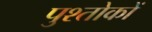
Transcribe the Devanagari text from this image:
पुश्तोकों